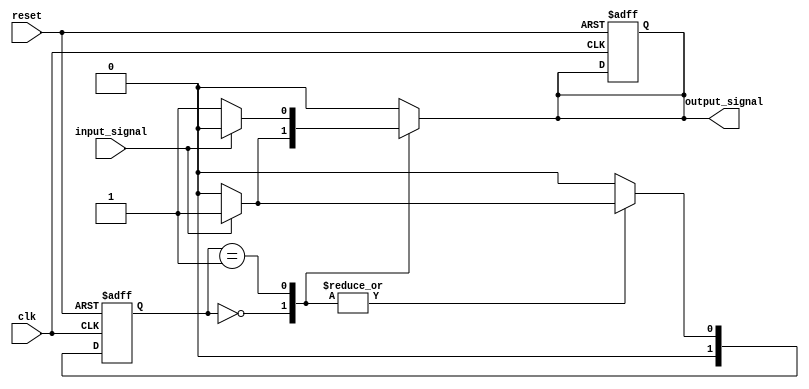
module MealyFSM #(parameter N = 2) (
    input wire clk,          // Clock signal
    input wire reset,        // Reset signal
    input wire input_signal, // Input signal
    output reg output_signal // Output signal
);

    // State encoding
    localparam STATE_0 = 2'b00;
    localparam STATE_1 = 2'b01;

    // State register
    reg [N-1:0] current_state, next_state;

    // State transition logic (combinational)
    always @(*) begin
        case (current_state)
            STATE_0: begin
                if (input_signal) begin
                    next_state = STATE_1; // Transition to STATE_1 on input_signal
                    output_signal = 1;    // Output is high in STATE_0 when input_signal is high
                end else begin
                    next_state = STATE_0; // Stay in STATE_0
                    output_signal = 0;    // Output is low in STATE_0 when input_signal is low
                end
            end
            
            STATE_1: begin
                if (input_signal) begin
                    next_state = STATE_1; // Stay in STATE_1
                    output_signal = 0;    // Output is low in STATE_1 when input_signal is high
                end else begin
                    next_state = STATE_0; // Transition back to STATE_0
                    output_signal = 1;    // Output is high in STATE_1 when input_signal is low
                end
            end
            
            default: begin
                next_state = STATE_0; // Default state
                output_signal = 0;    // Default output
            end
        endcase
    end

    // State update logic (sequential)
    always @(posedge clk or posedge reset) begin
        if (reset) begin
            current_state <= STATE_0; // Initialize to STATE_0 on reset
            output_signal <= 0;        // Initialize output to low
        end else begin
            current_state <= next_state; // Update state on clock edge
        end
    end

endmodule